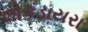
લોકડાયરા